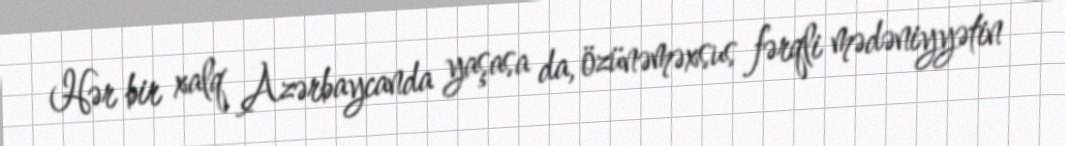
Hər bir xalq Azərbaycanda yaşasa da, özünəməxsus fərqli mədəniyyətin